Civil Veterinary Dept. Bombay admin report 1893-99 - 1893-1899
Year: 1893
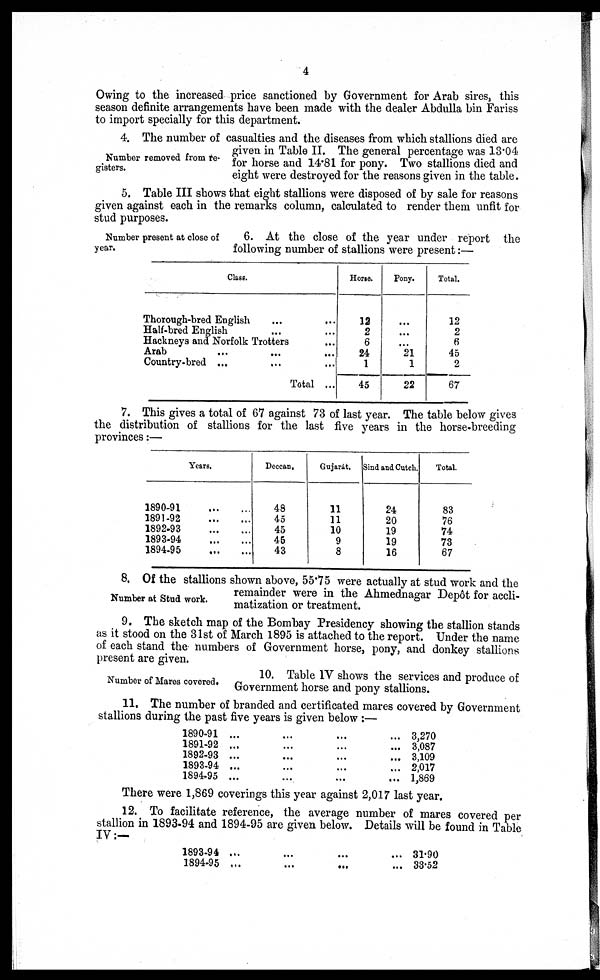
4
Owing to the increased price sanctioned by Government for Arab sires, this
season definite arrangements have been made with the dealer Abdulla bin Fariss
to import specially for this department.
Number removed from re-
gisters.
4. The number of casualties and the diseases from which stallions died are
given in Table II. The general percentage was 13.04
for horse and 14.81 for pony. Two stallions died and
eight were destroyed for the reasons given in the table.
5. Table III shows that eight stallions were disposed of by sale for reasons
given against each in the remarks column, calculated to render them unfit for
stud purposes.
Number present at close of
year.
6. At the close of the year under report the
following number of stallions were present:—
Class.
Thorough-bred English
...
...
Half-bred English ... ...
Hackneys and Norfolk Trotters ...
Arab ... ... ...
Country-bred ... ... ...
Total ...
Horse.
12
2
6
24
1
45
Pony.
...
...
...
21
1
22
Total.
12
2
6
45
2
67
7. This gives a total of 67 against 73 of last year. The table below gives
the distribution of stallions for the last five years in the horse-breeding
provinces:—
Years.
1890-91
...
...
1891-92
...
...
1892-93
...
...
1893-94
...
...
1894-95
...
...
Deccan.
48
45
45
46
43
Gujarat.
11
11
10
9
8
Sind and Cutch.
24
20
19
19
16
Total.
83
76
74
73
67
Number at Stud work.
8. Of the stallions shown above, 55.75 were actually at stud work and the
remainder were in the Ahmednagar Depôt for accli-
matization or treatment.
9. The sketch map of the Bombay Presidency showing the stallion stands
as it stood on the 31st of March 1895 is attached to the report. Under the name
of each stand the numbers of Government horse, pony, and donkey stallions
present are given.
Number of Mares covered.
10. Table IV shows the services and produce of
Government horse and pony stallions.
11. The number of branded and certificated mares covered by Government
stallions during the past five years is given below :—
1890-91
1891-92
1892-93
1893-94
1894-95
...
...
...
...
...
...
...
...
...
...
...
...
...
...
...
...
...
...
...
...
3,270
3,087
3,109
2,017
1,869
There were 1,869 coverings this year against 2,017 last year.
12. To facilitate reference, the average number of mares covered per
stallion in 1893-94 and 1894-95 are given below. Details will be found in Table
IV:—
1893-94
1894-95
...
...
...
...
...
...
...
...
31.90
33.52